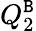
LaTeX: Q_{2}^{\tt B}